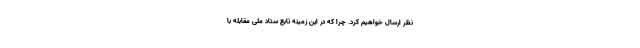
نظر ارسال خواهیم کرد. چرا که در این زمینه تابع ستاد ملی مقابله با